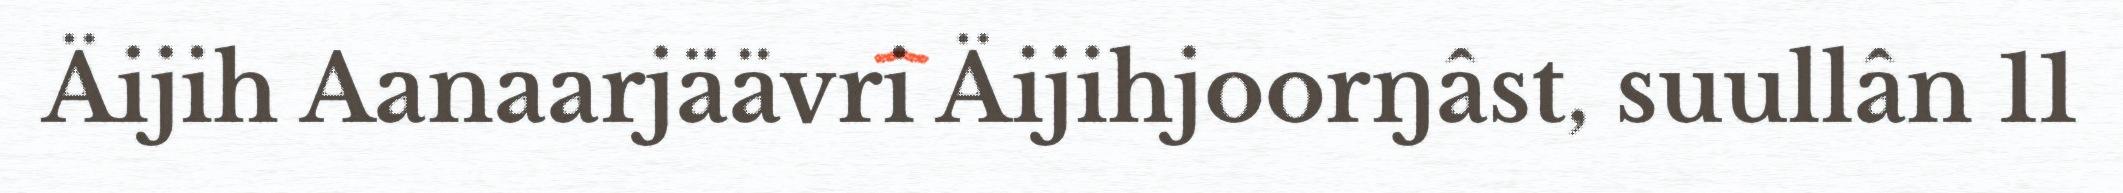
Äijih Aanaarjäävri Äijihjoorŋâst, suullân 11